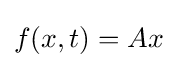
f(x,t)=Ax